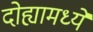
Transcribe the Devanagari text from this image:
दोह्यामध्ये